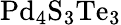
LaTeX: \mathrm{Pd_{4}S_{3}Te_{3}}